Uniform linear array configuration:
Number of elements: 4
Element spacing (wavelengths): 1
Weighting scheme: hamming
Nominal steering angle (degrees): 30
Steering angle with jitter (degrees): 31.471
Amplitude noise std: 0.05
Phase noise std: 0.05

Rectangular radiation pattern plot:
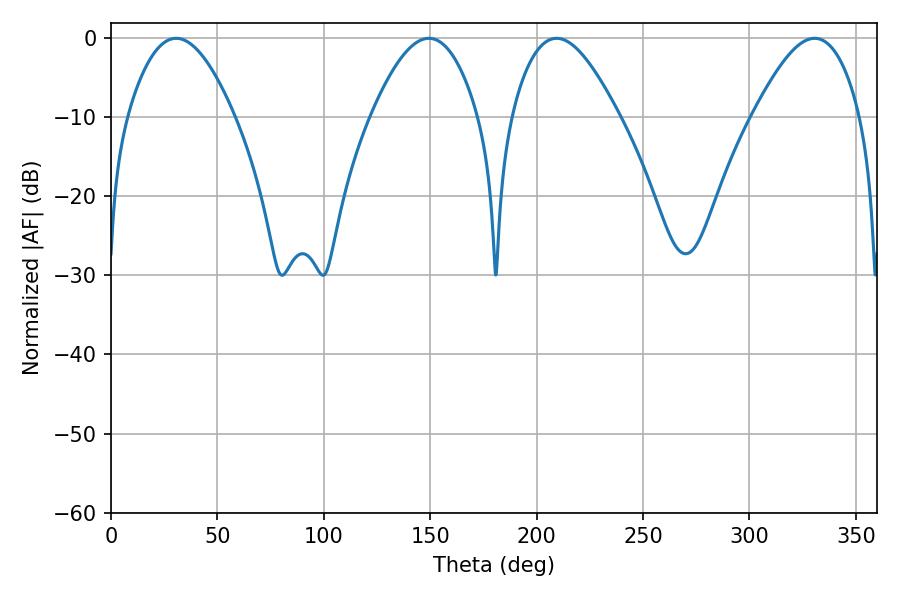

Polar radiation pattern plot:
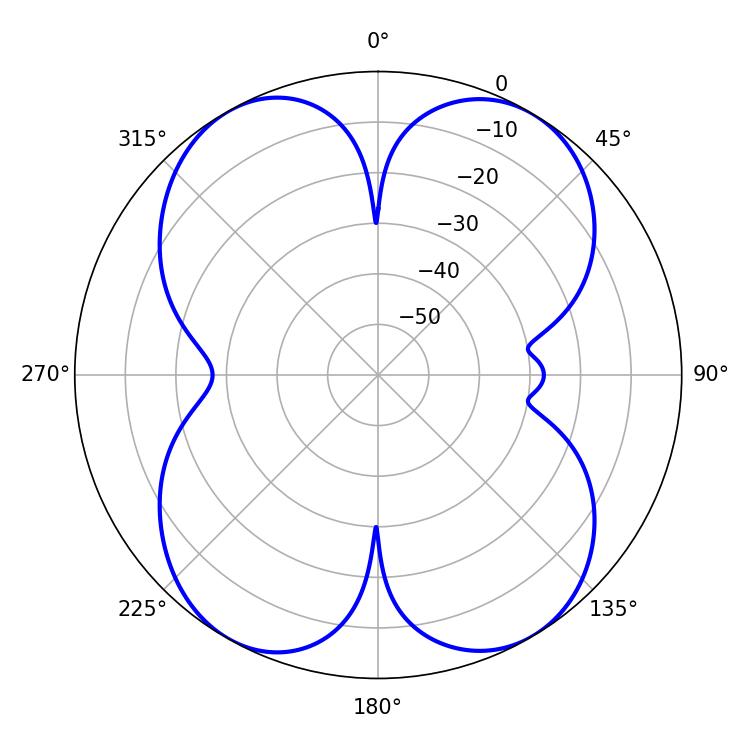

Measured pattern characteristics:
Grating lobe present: TRUE
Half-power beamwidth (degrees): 27.36
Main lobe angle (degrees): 30.6